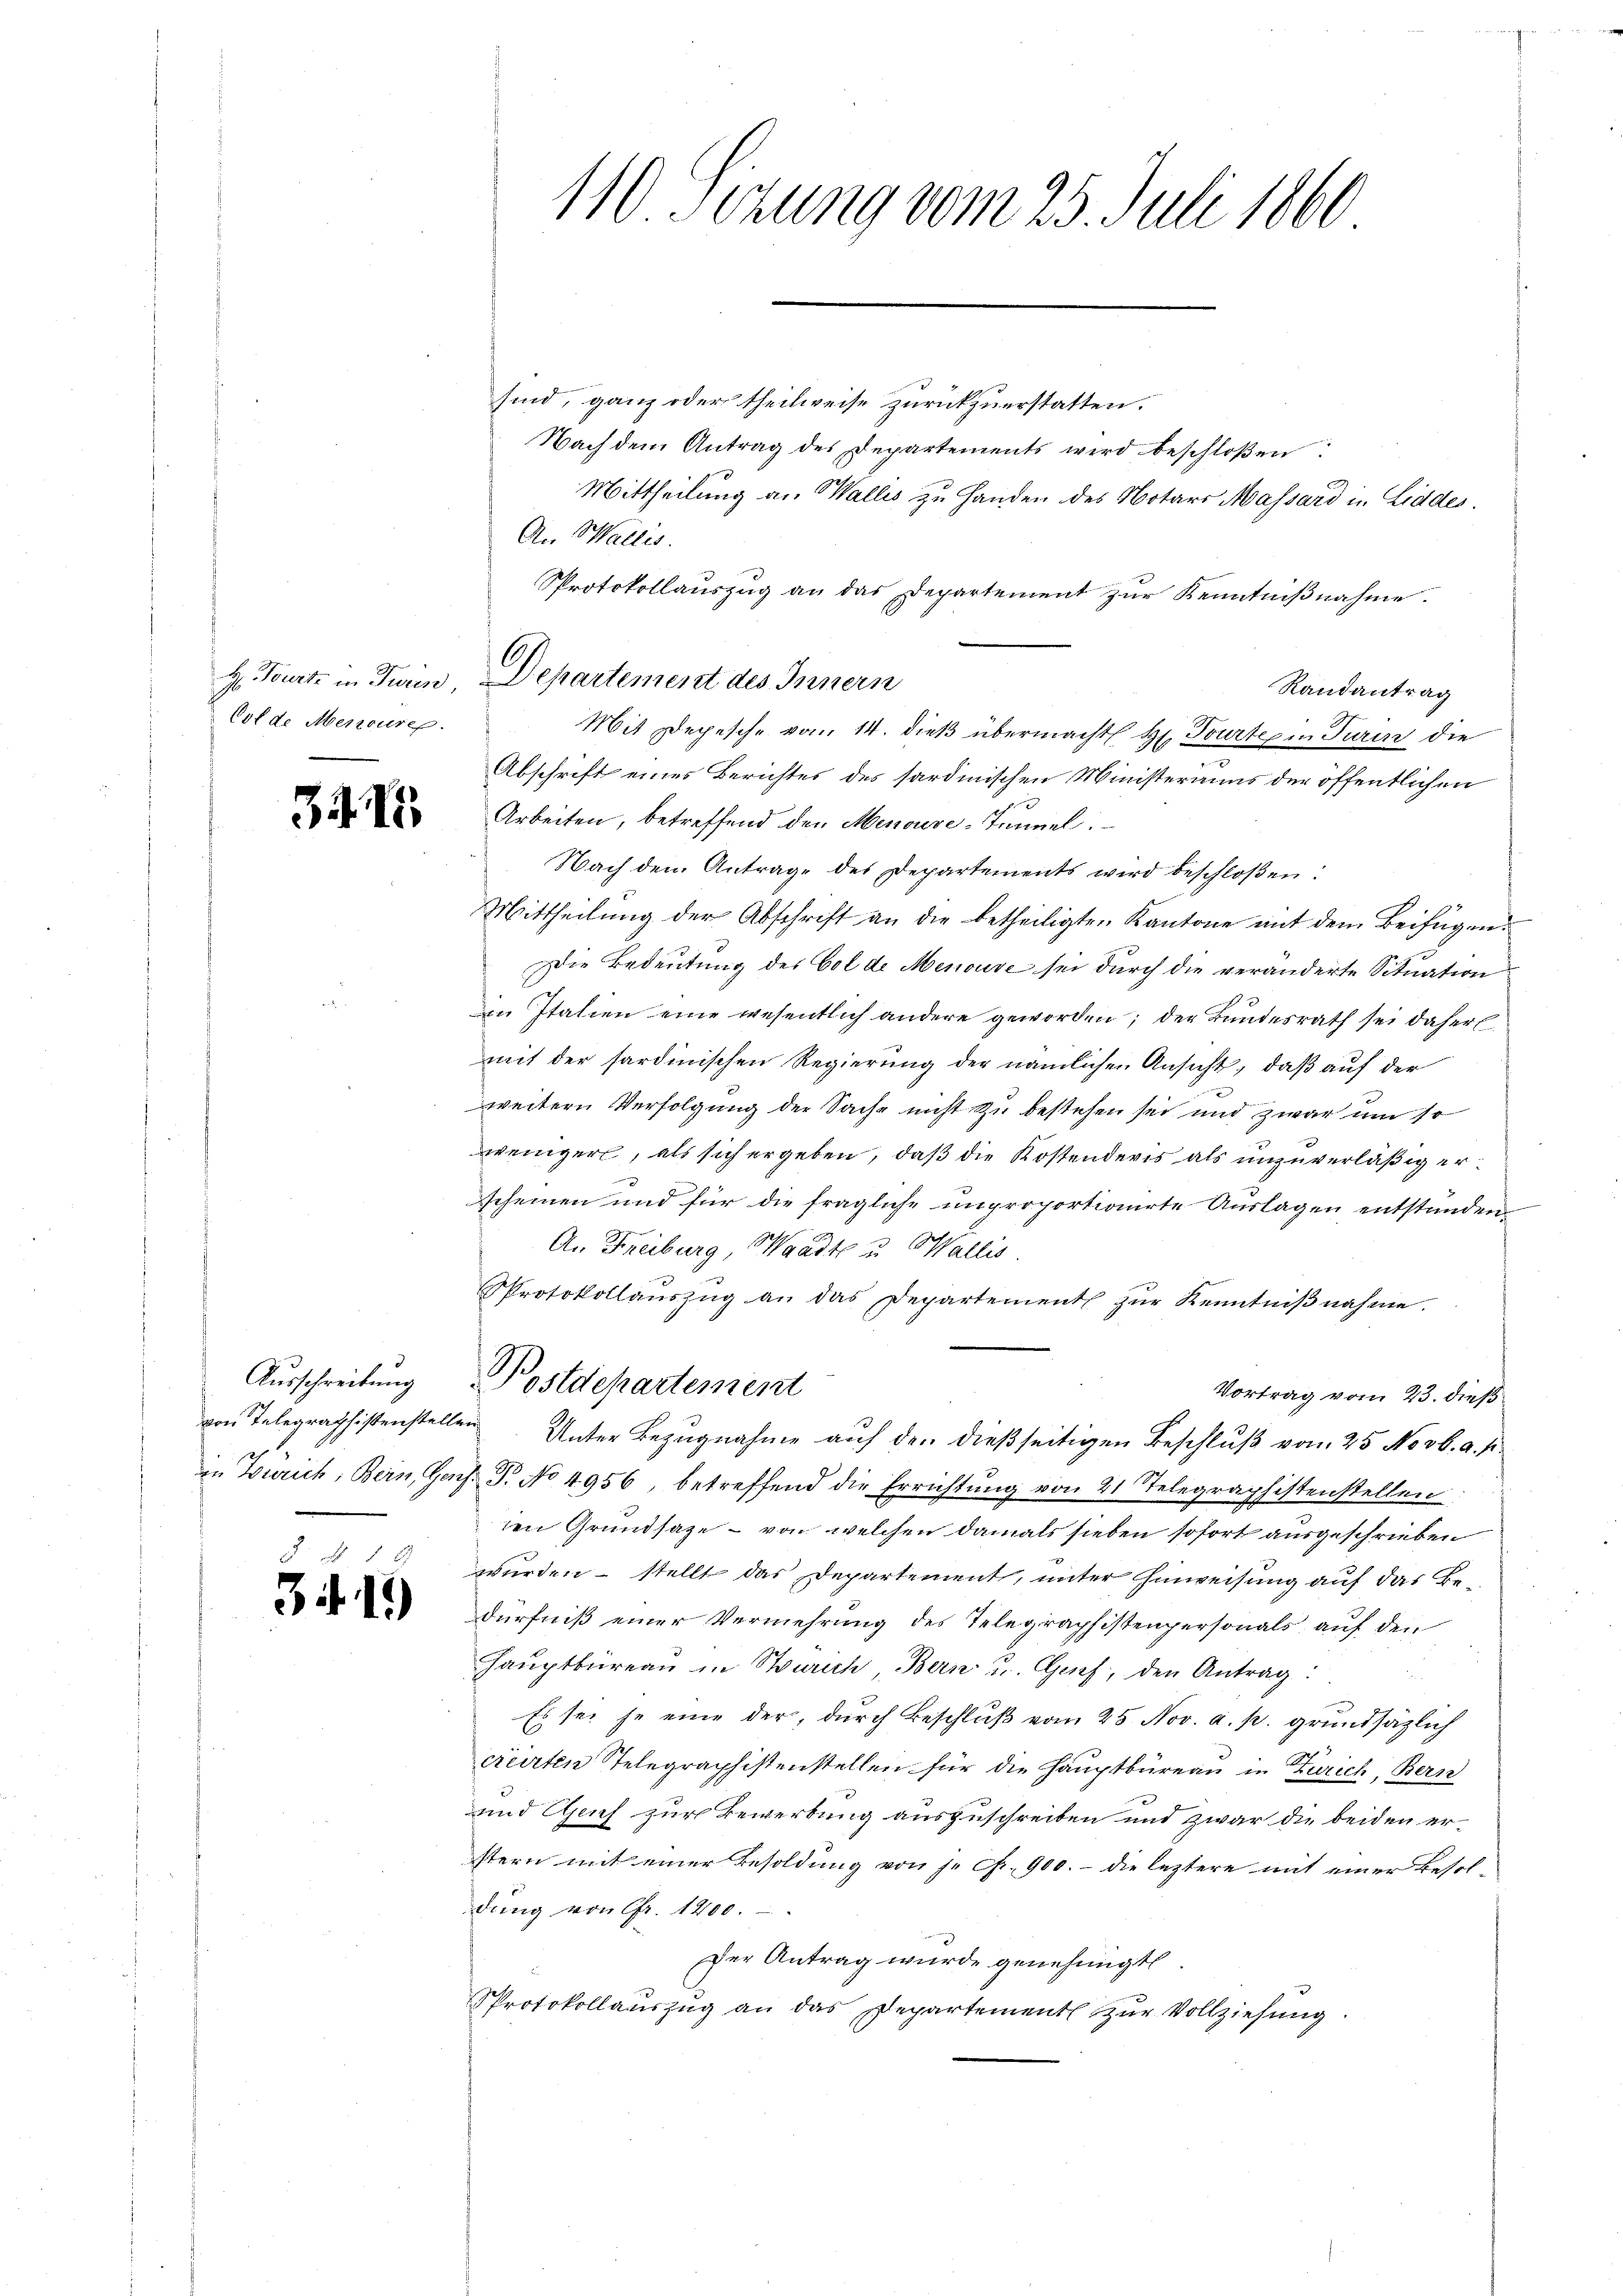
Cot de Mensures

341.

Ausschreibung
von Telegraphistenstelle
in Zürich, Bern, Genz

34 1.)

110 Sizung vom 25. Juli 1860

Nach dem Antrag des Departements wird beschloßen:
Mittheilung an Wallis zu Handen des Notars Massard in Liddes.
An Wallis.
Protokollauszug an das Departement zur Kenntnißnahme.
Randantrag
s
.
Abschrift eines Berichtes des sardinischen Ministeraus der öffentlichen
Arbeiten, betreffend den Menouve-Tunnel.
Nach den Antrage des Departements wird beschloßen:
Mittheilung der Abschrift an die betheiligten Kantone mit dem Beifügen.
Die Bedeutung des Col de Menouve sei durch die veränderte Situation
in Italien eine wesentlich andere geworden; der Bundesrath sei daher
mit der sardinischen Regierung der nämlichen Ansicht, daß auf der
weitern Verfolgung der Sache nicht zu bestehen sei und zwar um so
2
weniger, als sich ergeben, daß die Kostenderis als unzuverläßig erscheinen und für die fragliche unproportionirte Aŭslagen entstünden
An Freiburg, Waadt u Wallis.
Protokollaŭszŭg an das Departement zŭr Kenntniβnahme.
Postdepartement
Vortrag vom 23. dieß
ver
Unter Bezugnahme auf den dießseitigen Beschluß vom 25. Novb. a. f.
/. T. No 4956, betreffend die Errichtŭng von 21 Telegraphistenstellen:
den Grundsaze – von welchen damals sieben sofort ausgeschrieben
wurden – stellt das Departement, unter Hinweisung auf das Bedürfniß einer Vermehrung des Telegraphistenpersonals auf den
Hauptbureau in Sturich, Bern u. Guf, den Antrag
Es sei se eine der, durch Beschluß vom 25. Nov. a. p. grundsätzlich
creirten Telegraphistenstellen für die Hauptbüreau in Zürich, Bern
und Genf zur Bewerbung auszuschreiben und zwar die beiden eristern mit einer Besoldung von j. Fr. 900. - die leztere mit einer Besoldung von Fr. 1200.
der Antrag wurde genehmigt.
Protokollauszug an das Departement zur Vollziehung

6
H. Tourte in Turin, Departement des Innern

sind, ganz oder theilweise zurückzuerstatten.

Mit Depesche vom 14. dieß übermacht Hr. Tourteipe Turin die